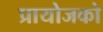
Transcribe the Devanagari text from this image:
प्रायोजको